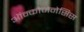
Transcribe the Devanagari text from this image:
ऑन्कोजेनेसिस